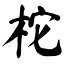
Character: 柁